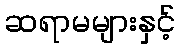
ဆရာမများနှင့်